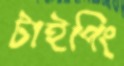
টাইপিং